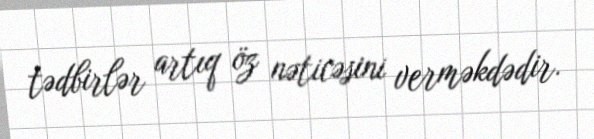
tədbirlər artıq öz nəticəsini verməkdədir.